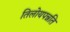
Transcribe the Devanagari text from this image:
तिलोयपन्नति